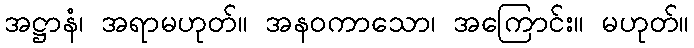
အဋ္ဌာနံ၊ အရာမဟုတ်။ အနဝကာသော၊ အကြောင်း။ မဟုတ်။